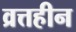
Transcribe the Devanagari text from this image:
व्रत्तहीन